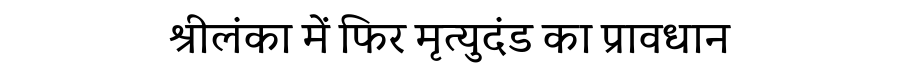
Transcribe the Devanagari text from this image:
श्रीलंका में फिर मृत्युदंड का प्रावधान